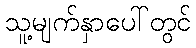
သူ့မျက်နှာပေါ်တွင်